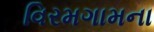
વિરમગામના